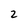
Character: 2